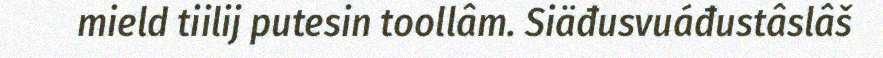
mield tiilij putesin toollâm. Siäđusvuáđustâslâš